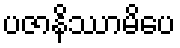
ပဇာနိဿာမိပေ